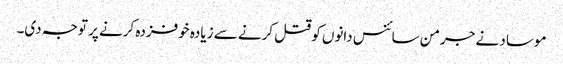
موساد نے جرمن سائنس دانوں کو قتل کرنے سے زیادہ خوفزدہ کرنے پر توجہ دی۔